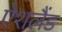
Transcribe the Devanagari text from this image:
ऐशलैंड